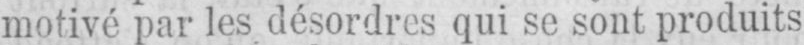
motivé par les désordres qui se sont produits